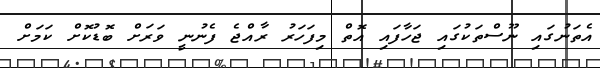
އެތަނުގައި ނޫސްތަކުގައި ޖަހާފައި އޮތް މިފަހަރު ރާއްޖެ ފެނުނީ ވަރަށް ބޮޑުކޮށް ކަމަށް